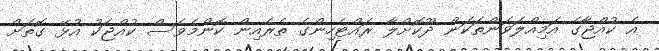
އެ ކުއްޖާގެ އަމިއްލަވަންތަކަން ދޫކޮށްލާ ރައްޓެހިންގެ ތެރެއިން ކޮންމެވެސް ކުއްޖަކު އުޅޭ ގޮތަށް